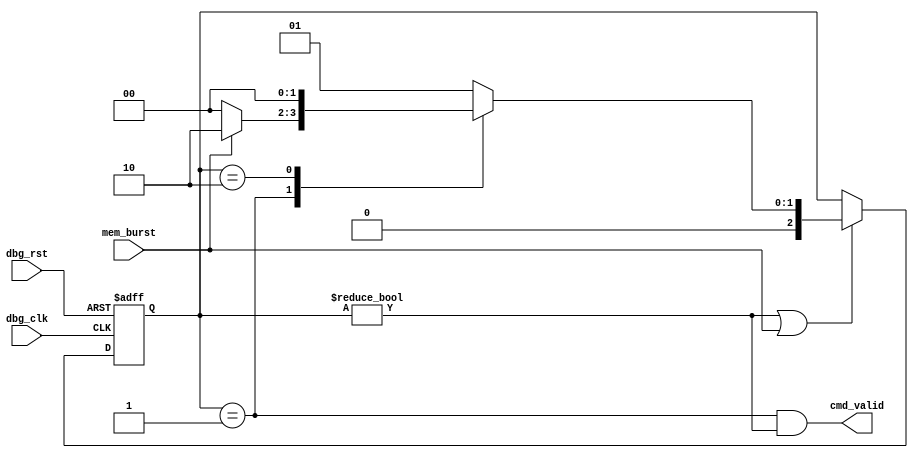

module  omsp_dbg_uart (dbg_clk, dbg_rst, mem_burst, cmd_valid);

input dbg_clk;
input dbg_rst;
input mem_burst;
output cmd_valid;

reg [2:0] uart_state;
reg [2:0] uart_state_nxt;

wire xfer_done;

parameter  RX_SYNC  = 3'h0;
parameter  RX_CMD   = 3'h1;
parameter  RX_DATA = 3'h2;

always @(uart_state or mem_burst)
  case (uart_state)
    RX_SYNC  : uart_state_nxt =  RX_CMD;
    RX_CMD   : uart_state_nxt =  mem_burst ? RX_DATA : RX_SYNC;
    RX_DATA : uart_state_nxt =  RX_SYNC;
    default  : uart_state_nxt =  RX_CMD;
  endcase

always @(posedge dbg_clk or posedge dbg_rst)
  if (dbg_rst) uart_state <= RX_SYNC;
  else if (xfer_done | mem_burst) uart_state <= uart_state_nxt;

assign cmd_valid = (uart_state==RX_CMD) & xfer_done;
assign xfer_done = uart_state!=RX_SYNC;

endmodule